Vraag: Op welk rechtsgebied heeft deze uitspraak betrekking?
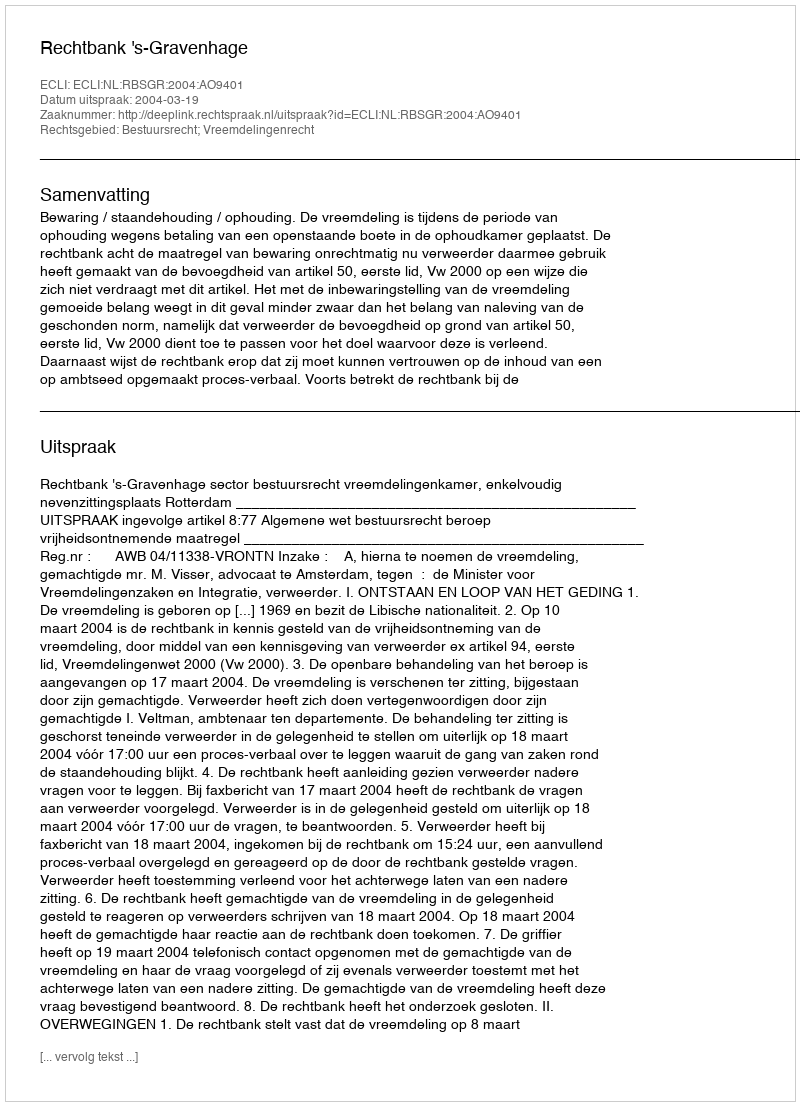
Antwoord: Bestuursrecht; Vreemdelingenrecht